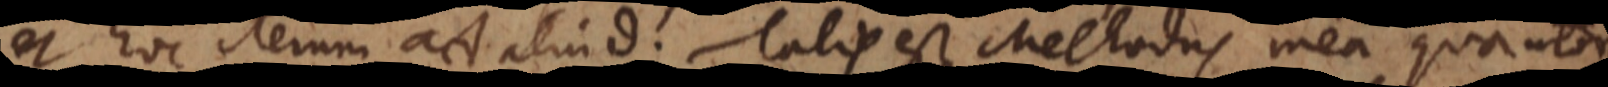
et hoc iterum ad aliud. Talis est Methodus mea qua utor